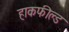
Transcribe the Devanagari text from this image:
हाकफील्ड